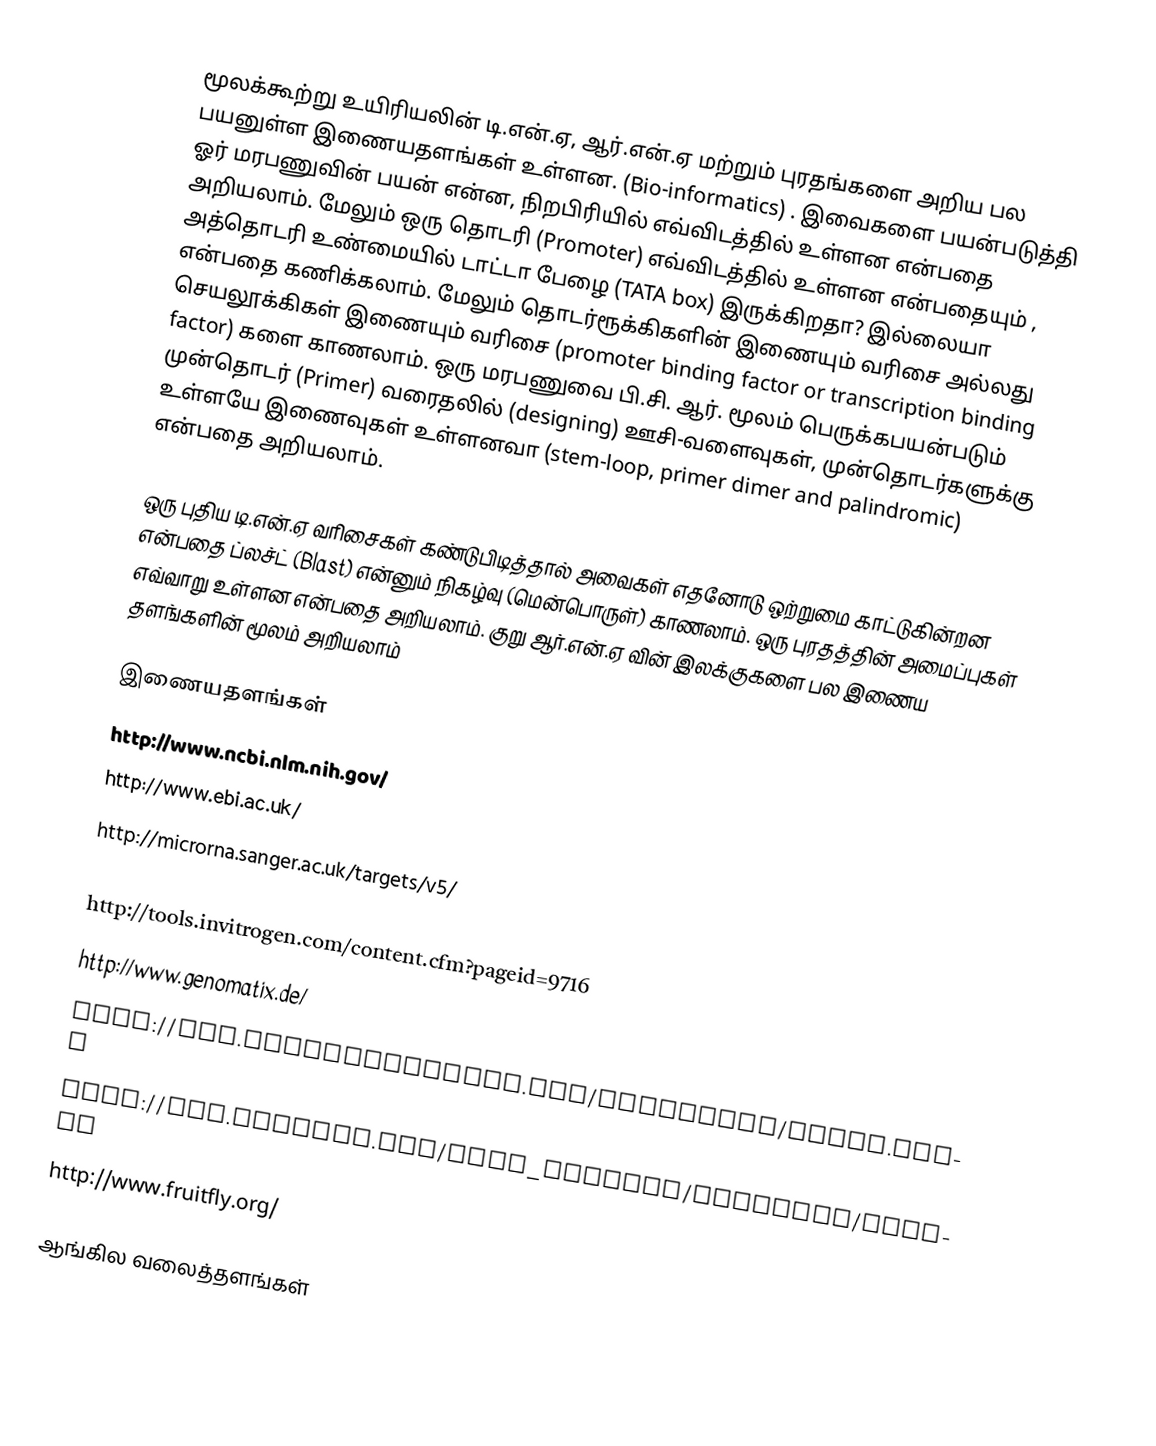
மூலக்கூற்று உயிரியலின் டி.என்.ஏ, ஆர்.என்.ஏ மற்றும் புரதங்களை அறிய பல பயனுள்ள இணையதளங்கள் உள்ளன. (Bio-informatics) . இவைகளை பயன்படுத்தி ஓர் மரபணுவின் பயன் என்ன, நிறபிரியில் எவ்விடத்தில் உள்ளன என்பதை அறியலாம். மேலும் ஒரு தொடரி (Promoter)  எவ்விடத்தில் உள்ளன என்பதையும் , அத்தொடரி உண்மையில் டாட்டா பேழை (TATA box) இருக்கிறதா? இல்லையா என்பதை கணிக்கலாம். மேலும் தொடர்ரூக்கிகளின் இணையும் வரிசை அல்லது செயலூக்கிகள் இணையும் வரிசை (promoter binding factor or transcription binding factor) களை காணலாம். ஒரு மரபணுவை பி.சி. ஆர். மூலம் பெருக்கபயன்படும் முன்தொடர் (Primer) வரைதலில் (designing) ஊசி-வளைவுகள், முன்தொடர்களுக்கு உள்ளயே இணைவுகள் உள்ளனவா (stem-loop, primer dimer and palindromic) என்பதை அறியலாம்.

ஒரு புதிய டி.என்.ஏ வரிசைகள் கண்டுபிடித்தால் அவைகள் எதனோடு ஒற்றுமை காட்டுகின்றன என்பதை ப்லச்ட் (Blast) என்னும் நிகழ்வு (மென்பொருள்) காணலாம். ஒரு புரதத்தின் அமைப்புகள் எவ்வாறு உள்ளன என்பதை அறியலாம். குறு ஆர்.என்.ஏ வின் இலக்குகளை பல இணைய தளங்களின் மூலம் அறியலாம்

இணையதளங்கள்
 http://www.ncbi.nlm.nih.gov/
 http://www.ebi.ac.uk/
 http://microrna.sanger.ac.uk/targets/v5/
 http://mami.med.harvard.edu/david.html
 http://tools.invitrogen.com/content.cfm?pageid=9716
 http://www.genomatix.de/
 http://www.premierbiosoft.com/netprimer/index.html
 http://www.ensembl.org/Homo_sapiens/Location/Genome
 http://www.fruitfly.org/

ஆங்கில வலைத்தளங்கள்